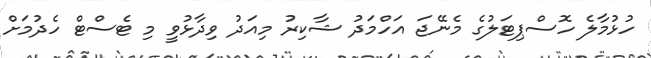
ހުޅުމާލެ ހޮސްޕިޓަލުގެ މެނޭޖަ އަހްމަދު ޝާކިރު މިއަދު ވިދާޅުވީ މި ޓެސްޓް ހެދުމަށް